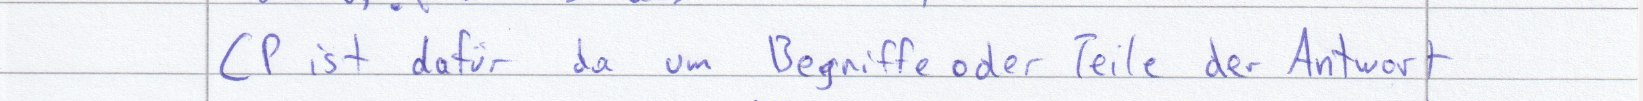
CP ist dafür da um Begriffe oder Teile der Antwort